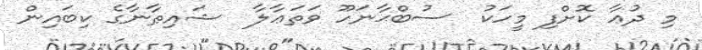
މި ދުޢާ ކޮށްފި މީހަކު  ސުބްޙާނަހޫ ވަތަޢާލާ  ޝައިޠާނާގެ ކިބައިން